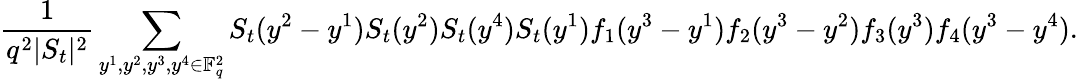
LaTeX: \frac{1}{q^{2}|S_{t}|^{2}}\sum_{y^{1},y^{2},y^{3},y^{4}\in\mathbb F_{q}^{2}}S_{t}(y^{2}-y^{1})S_{t}(y^{2})S_{t}(y^{4})S_{t}(y^{1})f_{1}(y^{3}-y^{1})f_{2}(y^{3}-y^{2})f_{3}(y^{3})f_{4}(y^{3}-y^{4}).